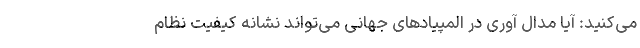
می‌کنید: آیا مدال آوری در المپیادهای جهانی می‌تواند نشانه کیفیت نظام